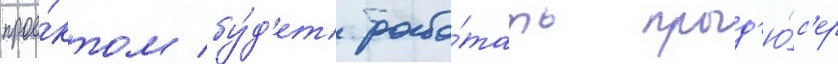
прое́ктом бу́д'ет рабо́тать прод'ю́с'ер